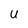
Character: U